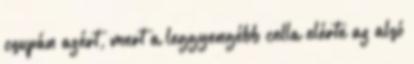
csupán azért, mert a leggyengébb cella elérte az alsó